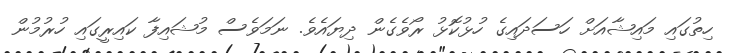
ހިތުގައި މައިޝާއަށް ހަސަދައިގެ ހުޅުކޮޅު ރޯވެގެން ދިޔައެވެ. ނަމަވެސް މުޝައިފާ ކައިރީގައި ހުރުމުން